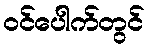
ဝင်ပေါက်တွင်